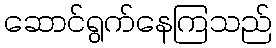
ဆောင်ရွက်နေကြသည်